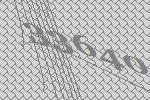
33640